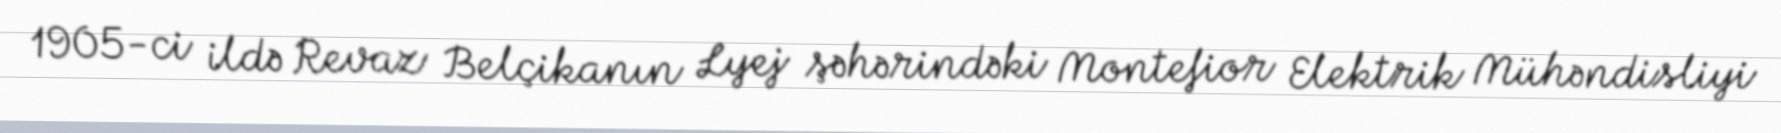
1905-ci ildə Revaz Belçikanın Lyej şəhərindəki Montefior Elektrik Mühəndisliyi